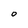
Character: 0